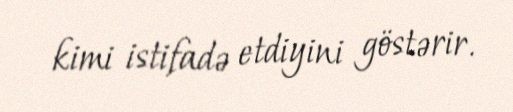
kimi istifadə etdiyini göstərir.